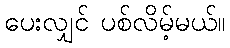
ပေးလျှင် ပစ်လိမ့်မယ်။